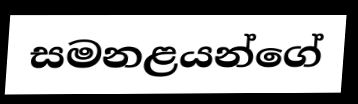
සමනළයන්ගේ